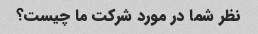
نظر شما در مورد شرکت ما چیست؟